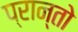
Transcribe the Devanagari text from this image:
प्रान्‍तो